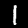
Label: 1